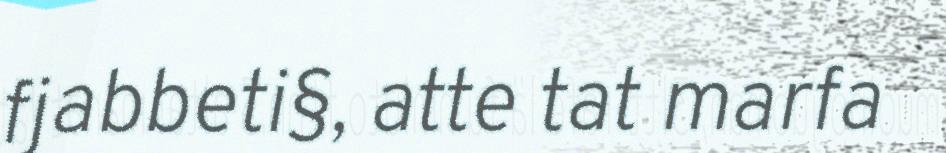
fjabbeti§, atte tat marfa